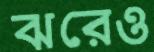
ঝরেও